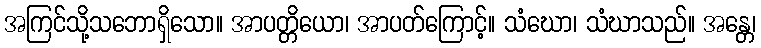
အကြင်သို့သဘောရှိသော။ အာပတ္တိယော၊ အာပတ်ကြောင့်။ သံဃော၊ သံဃာသည်။ အန္တေ၊